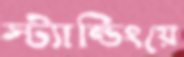
স্ট্যান্ডিংয়ে